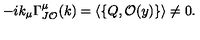
- i k _ { \mu } \Gamma _ { J \mathcal { O } } ^ { \mu } ( k ) = \langle \left\{ Q , \mathcal { O } ( y ) \right\} \rangle \neq 0 .